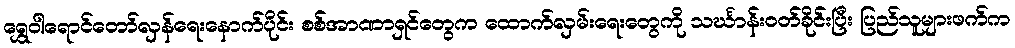
ရွှေဝါရောင်တော်လှန်ရေးနောက်ပိုင်း စစ်အာဏာရှင်တွေက ထောက်လှမ်းရေးတွေကို သင်္ဃာန်းဝတ်ခိုင်းပြီး ပြည်သူများဖက်က